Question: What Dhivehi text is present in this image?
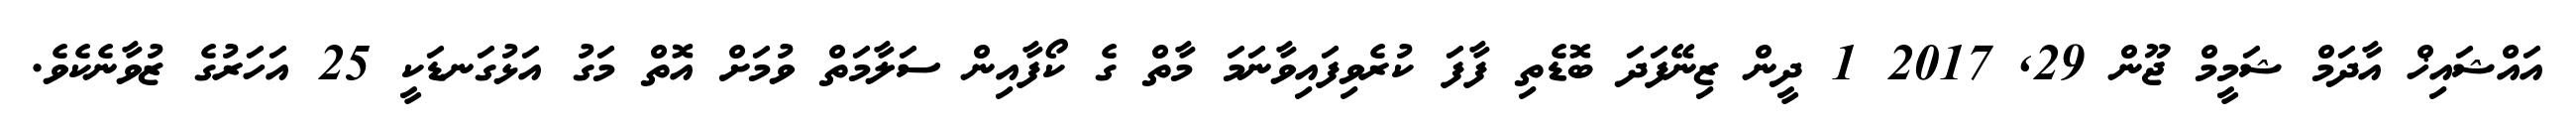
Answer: އައްޝައިޚް އާދަމް ޝަމީމް ޖޫން 29, 2017 1 ދީން ޒިނޭފަދަ ބޮޑެތި ފާފަ ކުރެވިފައިވާނަމަ މާތް ގެ ކޯފާއިން ސަލާމަތް ވުމަށް އޮތް މަގު އަޅުގަނޑަކީ 25 އަހަރުގެ ޒުވާނެކެވެ.